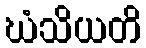
ဃံသိယတိ